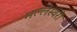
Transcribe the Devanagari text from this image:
मल्लेस्वरी